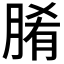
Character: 𮌞